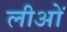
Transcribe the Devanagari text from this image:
लीओं